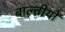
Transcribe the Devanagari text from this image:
बाल्तीयों